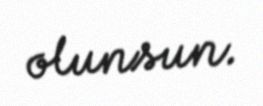
olunsun.